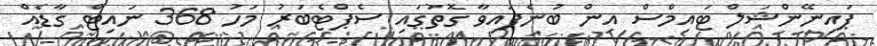
ފައިނޭންޝަލް ޓައިމްސް އިން ބުނެފައިވާ ގޮތުގައި ސެޕްޓެބަރު މަހު 368 ނައިޓް ގާޑެއް